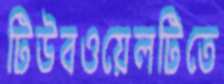
টিউবওয়েলটিতে